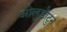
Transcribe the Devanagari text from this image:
ओलुडोटुन